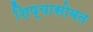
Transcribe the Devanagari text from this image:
शिष्यासोबत